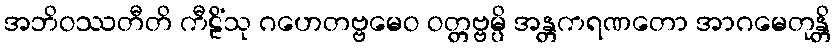
အဘိဝဿတီတိ ကီဠိံသု ဂဟေတဗ္ဗမေဝ ဝတ္တဗ္ဗမ္ပိ အန္တကရဏတော အာဂမေတုန္တိ